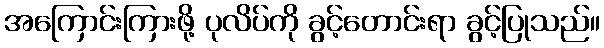
အကြောင်းကြားဖို့ ပုလိပ်ကို ခွင့်တောင်းရာ ခွင့်ပြုသည်။